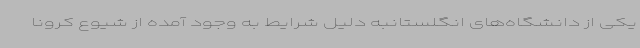
یکی از دانشگاه‌های انگلستانبه دلیل شرایط به وجود آمده از شیوع کرونا